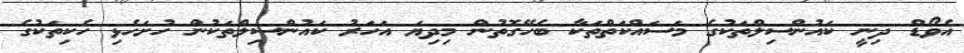
އެވޯޑް ދިނީ ކައުންސިލްތަކުގެ މަސައްކަތްތަކާ ބެހޭގޮތުން މިދިޔަ އަހަރު ކައުންސިލްތަކުން ހުށަހެޅި ހެކިތަކުގެ